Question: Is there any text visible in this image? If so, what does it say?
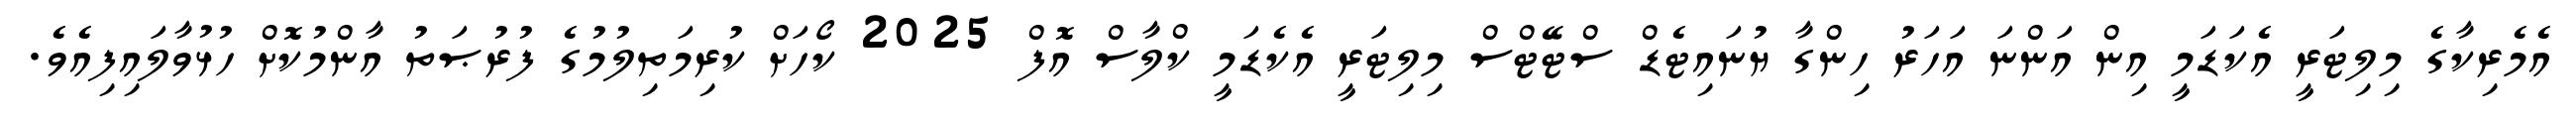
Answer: އެމެރިކާގެ މިލިޓަރީ އެކަޑަމީ އިން އަންނަ އަހަރު ހިންގާ ޔުނައިޓެޑް ސްޓޭޓްސް މިލިޓަރީ އެކެޑަމީ ކްލާސް އޮފް 2025 ކޯހަށް ކުރިމަތިލުމުގެ ފުރުޞަތު އާންމުކޮށް ހުޅުވާލައިފިއެވެ.